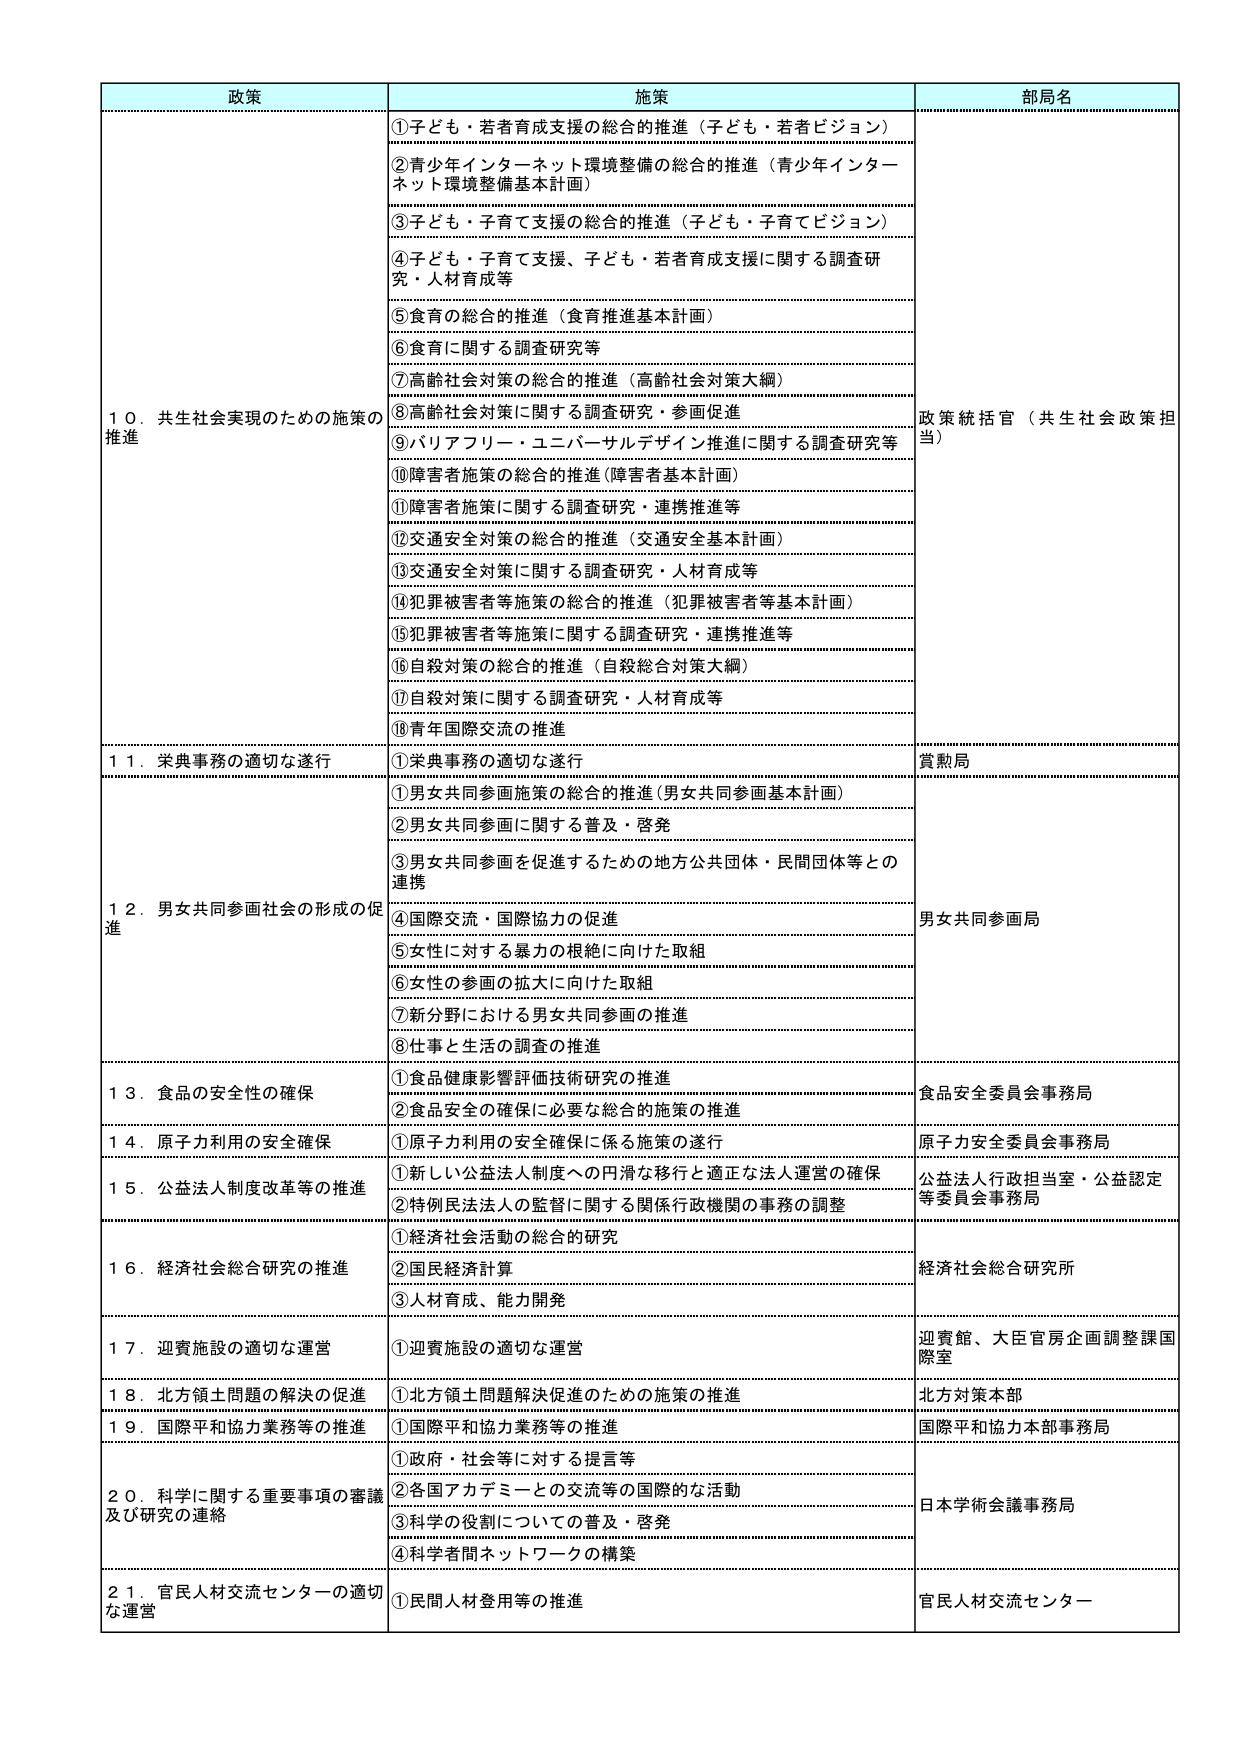
政策 施策 部局名 ①子ども・若者育成支援の総合的推進（子ども・若者ビジョン） ②青少年インターネット環境整備の総合的推進（青少年インターネット環境整備基本計画） ③子ども・子育て支援の総合的推進（子ども・子育てビジョン） ④子ども・子育て支援、子ども・若者育成支援に関する調査研究・人材育成等 ⑤食育の総合的推進（食育推進基本計画） ⑥食育に関する調査研究等 ⑦高齢社会対策の総合的推進（高齢社会対策大綱） ⑧高齢社会対策に関する調査研究・参画促進 ⑨バリアフリー・ユニバーサルデザイン推進に関する調査研究等 ⑩障害者施策の総合的推進（障害者基本計画） ⑪障害者施策に関する調査研究・連携推進等 ⑫交通安全対策の総合的推進（交通安全基本計画） ⑬交通安全対策に関する調査研究・人材育成等 ⑭犯罪被害者等施策の総合的推進（犯罪被害者等基本計画） ⑮犯罪被害者等施策に関する調査研究・連携推進等 ⑯自殺対策の総合的推進（自殺総合対策大綱） ⑰自殺対策に関する調査研究・人材育成等 ⑱青年国際交流の推進 10．共生社会実現のための施策の推進 政策統括官（共生社会政策担当） ①栄典事務の適切な遂行 11．栄典事務の適切な遂行 賞勲局 ①男女共同参画施策の総合的推進（男女共同参画基本計画） ②男女共同参画に関する普及・啓発 ③男女共同参画を促進するための地方公共団体・民間団体等との連携 ④国際交流・国際協力の促進 ⑤女性に対する暴力の根絶に向けた取組 ⑥女性の参画の拡大に向けた取組 ⑦新分野における男女共同参画の推進 ⑧仕事と生活の調査の推進 12．男女共同参画社会の形成の促進 男女共同参画局 ①食品健康影響評価技術研究の推進 ②食品安全の確保に必要な総合的施策の推進 13．食品の安全性の確保 食品安全委員会事務局 ①原子力利用の安全確保に係る施策の遂行 14．原子力利用の安全確保 原子力安全委員会事務局 ①新しい公益法人制度への円滑な移行と適正な法人運営の確保 ②特例民法法人の監督に関する関係行政機関の事務の調整 15．公益法人制度改革等の推進 公益法人行政担当室・公益認定等委員会事務局 ①経済社会活動の総合的研究 ②国民経済計算 ③人材育成、能力開発 16．経済社会総合研究の推進 経済社会総合研究所 ①迎賓施設の適切な運営 17．迎賓施設の適切な運営 迎賓館、大臣官房企画調整課国際室 ①北方領土問題解決促進のための施策の推進 18．北方領土問題の解決の促進 北方対策本部 ①国際平和協力業務等の推進 19．国際平和協力業務等の推進 国際平和協力本部事務局 ①政府・社会等に対する提言等 ②各国アカデミーとの交流等の国際的な活動 ③科学の役割についての普及・啓発 ④科学者間ネットワークの構築 20．科学に関する重要事項の審議及び研究の連絡 日本学術会議事務局 ①民間人材登用等の推進 21．官民人材交流センターの適切な運営 官民人材交流センター